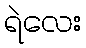
ရဲလေး